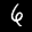
Label: 6